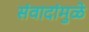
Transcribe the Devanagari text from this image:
संवादांमुळे